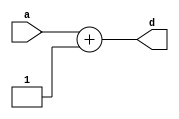
`timescale 1ns / 1ps
//////////////////////////////////////////////////////////////////////////////////
// Company: 
// Engineer: 
// 
// Design Name: 
// Module Name: INC
// Project Name: 
// Target Devices: 
// Tool Versions: 
// Description: 
// 
// Dependencies: 
// 
// Revision:
// Revision 0.01 - File Created
// Additional Comments:
// 
//////////////////////////////////////////////////////////////////////////////////


module INC #(parameter DATAWIDTH = 8)(a, d);
    input [DATAWIDTH -1:0] a;
    output reg [DATAWIDTH-1:0] d;
    
    
    always @(a) begin
        d <= a + 1;
    end
 endmodule